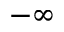
- \infty